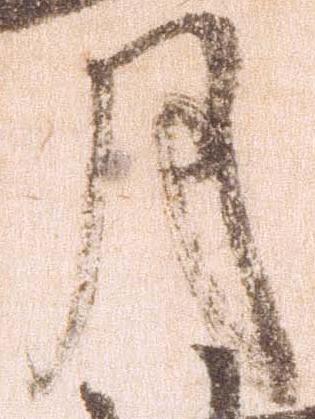
月